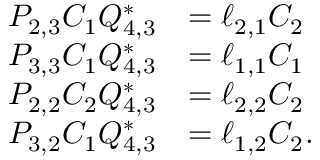
\begin{array} { r l } { P _ { 2 , 3 } C _ { 1 } Q _ { 4 , 3 } ^ { * } } & { = \ell _ { 2 , 1 } C _ { 2 } } \\ { P _ { 3 , 3 } C _ { 1 } Q _ { 4 , 3 } ^ { * } } & { = \ell _ { 1 , 1 } C _ { 1 } } \\ { P _ { 2 , 2 } C _ { 2 } Q _ { 4 , 3 } ^ { * } } & { = \ell _ { 2 , 2 } C _ { 2 } } \\ { P _ { 3 , 2 } C _ { 1 } Q _ { 4 , 3 } ^ { * } } & { = \ell _ { 1 , 2 } C _ { 2 } . } \end{array}